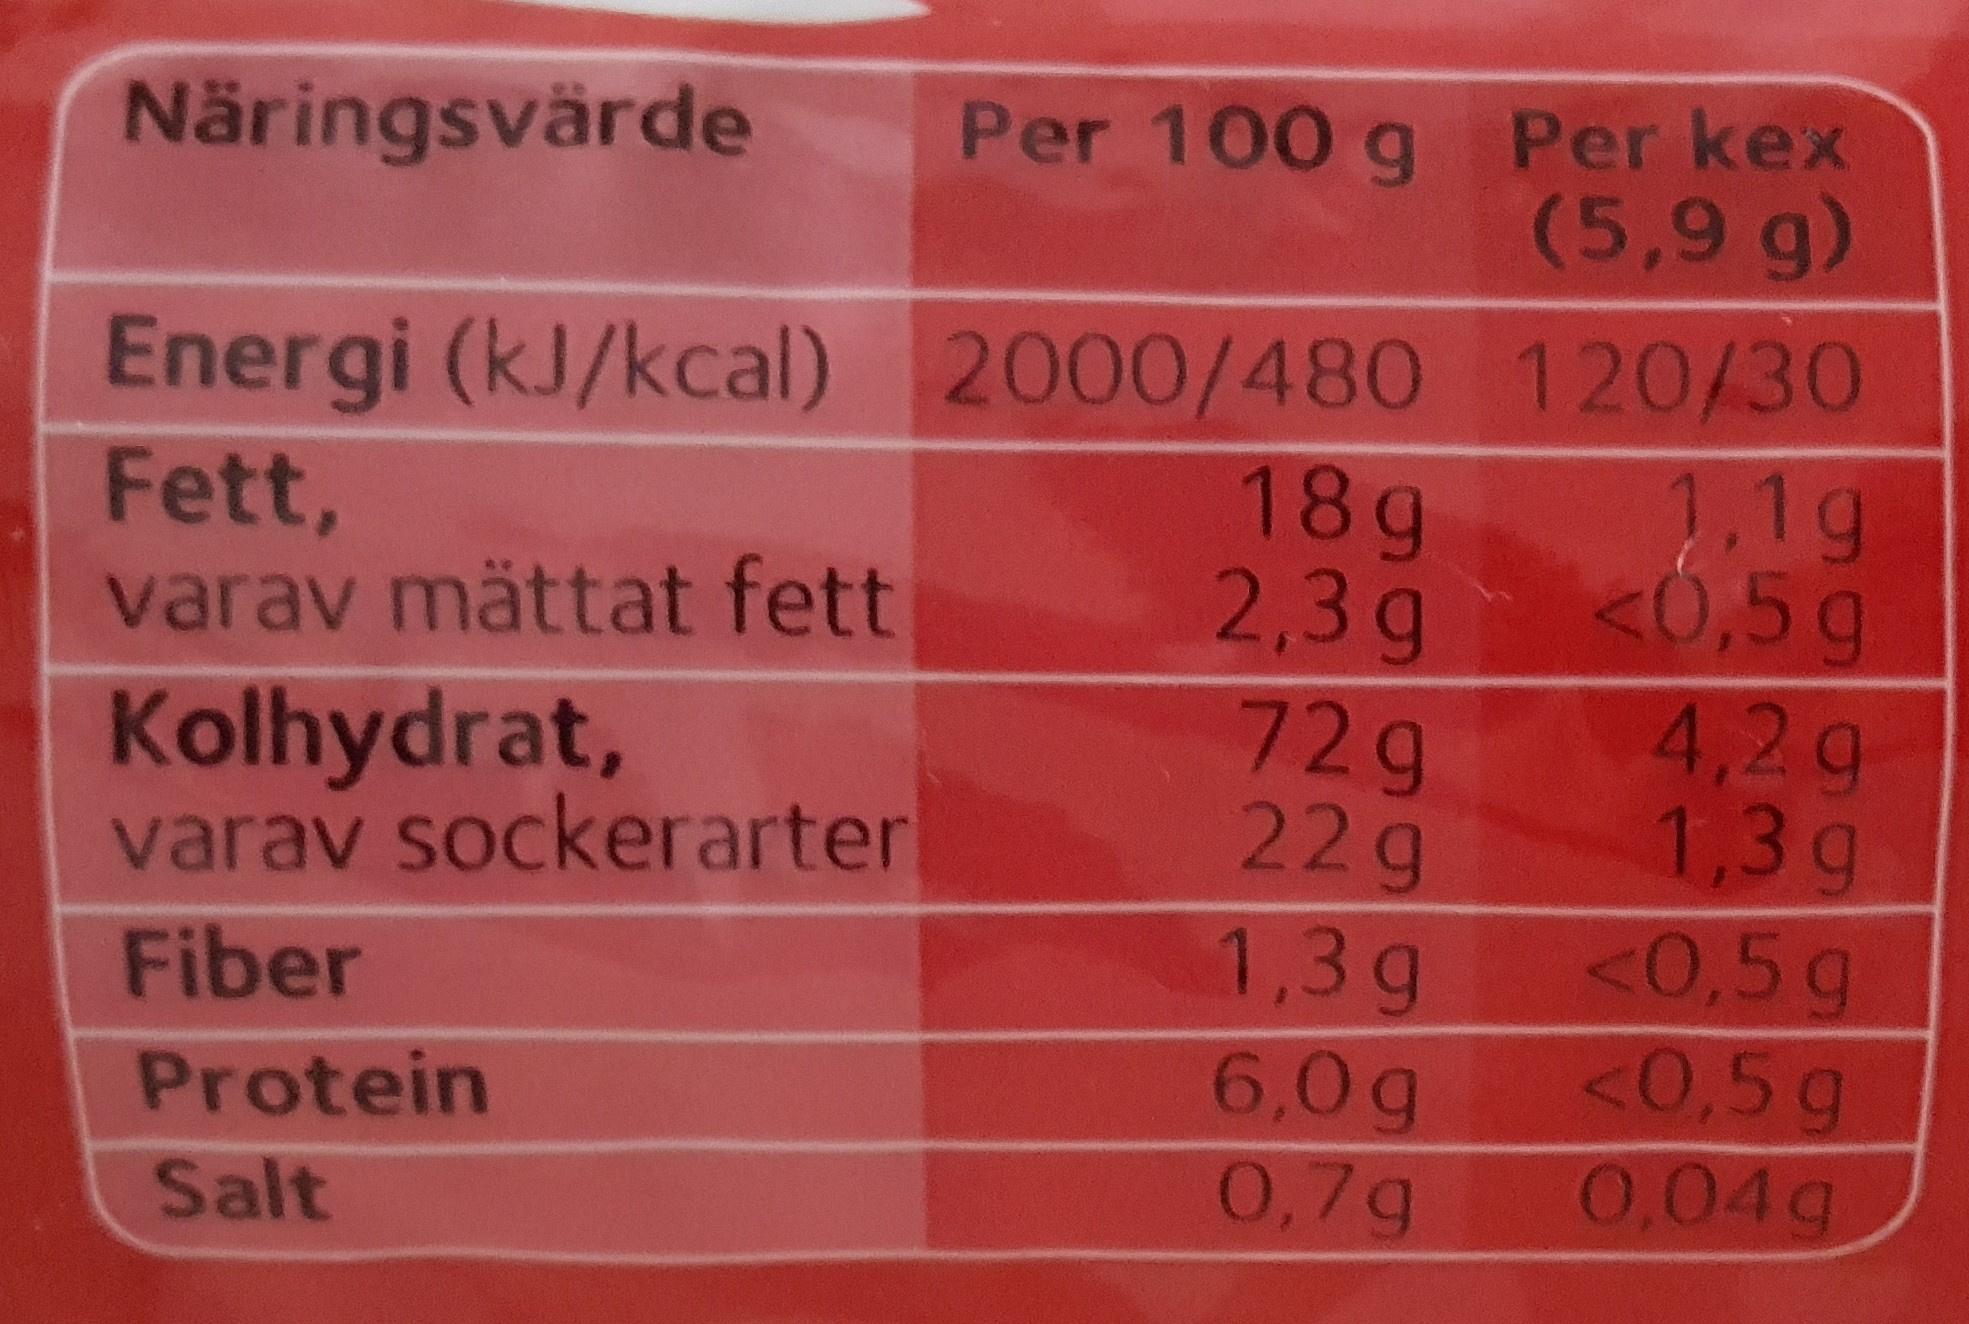
Per 100 g Per kex (5,9 g)
Näringsvärde
Energi (kJ/kcal) 2000/480 120/30 2.1g <0,5g 4,2g 1,3g
18g 2,3g 72g 22g
Fett, varav mättat fett
Kolhydrat, varav sockerarter
1,3g 6,0g 0,7g
<0,5g <0,5g
Fiber
Protein
Salt
0,04g